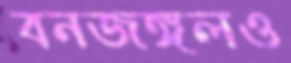
বনজঙ্গলও